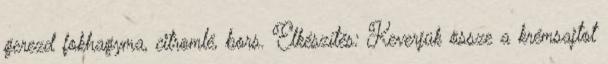
gerezd fokhagyma, citromlé, bors. Elkészítés: Keverjük össze a krémsajtot